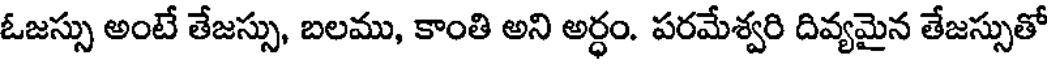
ఓజస్సు అంటే తేజస్సు, బలము, కాంతి అని అర్ధం. పరమేశ్వరి దివ్యమైన తేజస్సుతో